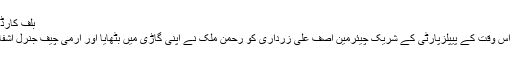
بلف کارڈ اور مولانا کا دھرنا - اعزاز سید - Daleel.Pk
2008ء کے عام انتخابات کے کچھ ہی روز بعد اس وقت کے پیپلزپارٹی کے شریک چیئرمین آصف علی زرداری کو رحمٰن ملک نے اپنی گاڑی میں بٹھایا اور آرمی چیف جنرل اشفاق پرویز کیانی کی راولپنڈی رہائشگاہ جا پہنچے۔